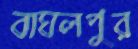
বাঘলপুর